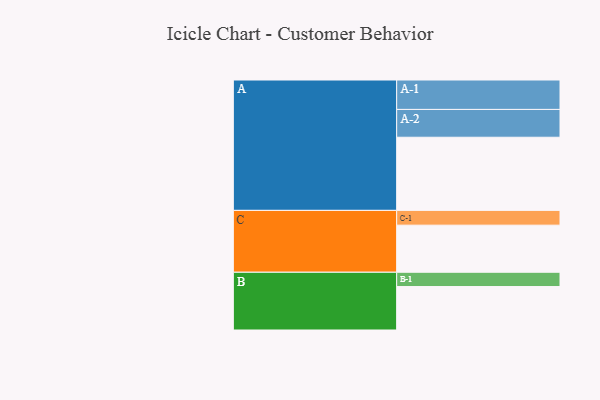
{"axis": {"x": "Segment", "y": "Value"}, "legend": ["", "A", "B", "C"], "data": [{"x": "A", "y": 584, "type": ""}, {"x": "B", "y": 347, "type": ""}, {"x": "C", "y": 376, "type": ""}, {"x": "A-1", "y": 235, "type": "A"}, {"x": "A-2", "y": 222, "type": "A"}, {"x": "B-1", "y": 114, "type": "B"}, {"x": "C-1", "y": 118, "type": "C"}]}